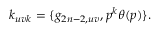
k _ { u v k } = \{ g _ { 2 n - 2 , u v } , p ^ { k } \theta ( p ) \} .